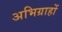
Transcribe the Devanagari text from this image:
अभिग्राहों